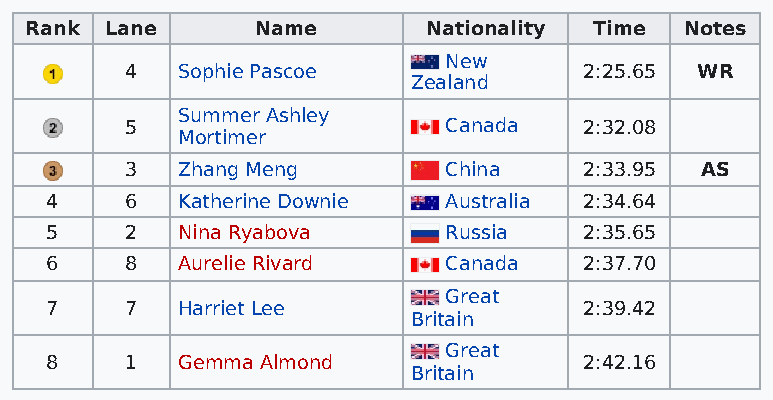
Rank Lane      Name       Nationality Time Notes
 New
 4   Sophie Pascoe              2:25.65 WR
 Zealand
 Summer Ashley
 5                    Canada    2:32.08
 Mortimer
 3   Zhang Meng       China     2:33.95 AS
 4    6   Katherine Downie Australia 2:34.64
 5    2   Nina Ryabova     Russia    2:35.65
 6    8   Aurelie Rivard   Canada    2:37.70
 Great
 7    7   Harriet Lee                2:39.42
 Britain
 Great
 8    1   Gemma Almond               2:42.16
 Britain